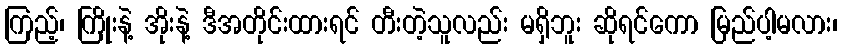
ကြည့်၊ ကြိုးနဲ့ အိုးနဲ့ ဒီအတိုင်းထားရင် တီးတဲ့သူလည်း မရှိဘူး ဆိုရင်ကော မြည်ပါ့မလား၊